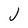
Character: J